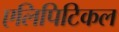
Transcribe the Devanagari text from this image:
एलिपिटिकल